Scottish Leaving Certificate Examination, 1959
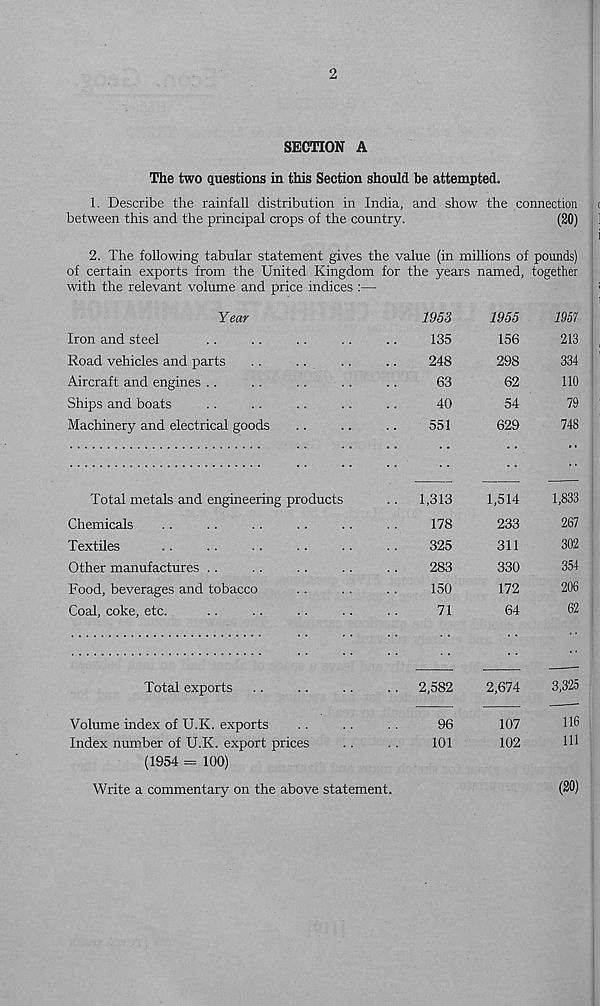
2
SECTION A
The two questions in this Section should be attempted.
1. Describe the rainfall distribution in India, and show the connection
between this and the principal crops of the country.
(20)
2. The following tabular statement gives the value (in millions of pounds)
of certain exports from the United Kingdom for the years named, together
with the relevant volume and price indices :—■
Year
Iron and steel
Road vehicles and parts
Aircraft and engines ..
Ships and boats
Machinery and electrical goods
Total metals and engineering products
Chemicals
Textiles
Other manufactures ..
Food, beverages and tobacco
Coal, coke, etc.
Total exports
Volume index of U.K. exports
Index number of U.K. export prices
(1954 = 100)
Write a commentary on the above statement.
1953
135
248
63
40
551
1,313
178
325
283
150
71
96
101
1955
156
298
62
54
629
1,514
233
311
330
172
64
107
102
7957
213
334
110
79
748
1,833
267
302
354
62
2,582
2,674
3,325
116
111
(20)